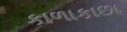
કાળાકાછા